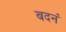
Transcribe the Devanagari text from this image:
बदनं